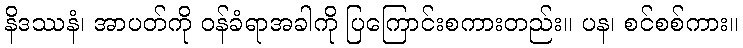
နိဒဿနံ၊ အာပတ်ကို ဝန်ခံရာအခါကို ပြကြောင်းစကားတည်း။ ပန၊ စင်စစ်ကား။